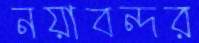
নয়াবন্দর